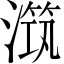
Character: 𣽆